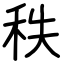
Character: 秩